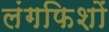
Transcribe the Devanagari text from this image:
लंगफिशों